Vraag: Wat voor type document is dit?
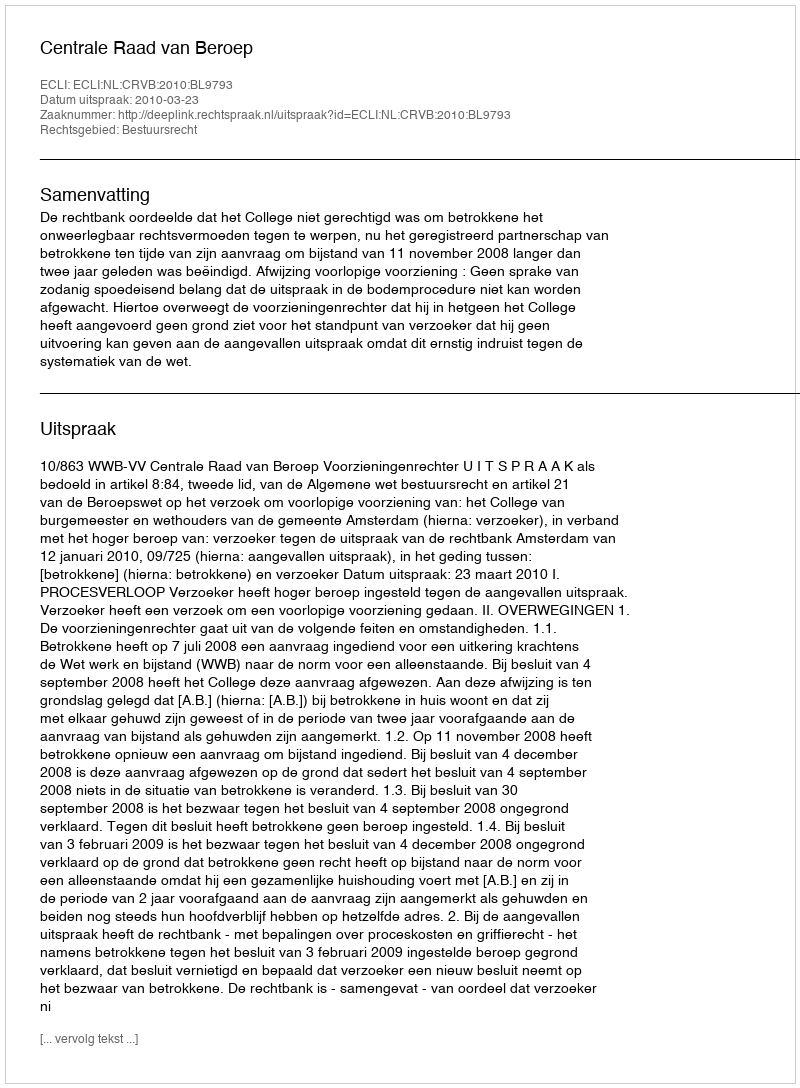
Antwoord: Uitspraak